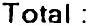
TOTAL :